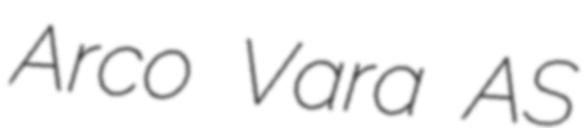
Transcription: Arco Vara AS